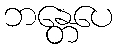
ဘန္တေပေ